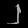
Digit: ၂